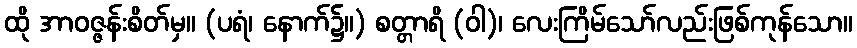
ထို အာဝဇ္ဇန်းစိတ်မှ။ (ပရံ၊ နောက်၌။) စတ္တာရိ (ဝါ)၊ လေးကြိမ်သော်လည်းဖြစ်ကုန်သော။